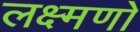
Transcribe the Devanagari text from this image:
लक्ष्मणो